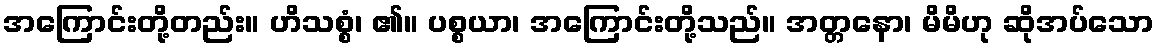
အကြောင်းတို့တည်း။ ဟိသစ္စံ၊ ၏။ ပစ္စယာ၊ အကြောင်းတို့သည်။ အတ္တနော၊ မိမိဟု ဆိုအပ်သော